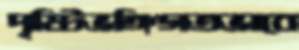
দৃষ্টিভঙ্গিগতভাবে